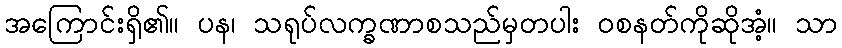
အကြောင်းရှိ၏။ ပန၊ သရုပ်လက္ခဏာစသည်မှတပါး ဝစနတ်ကိုဆိုအံ့။ သာ